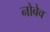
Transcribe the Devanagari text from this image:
नोबेव